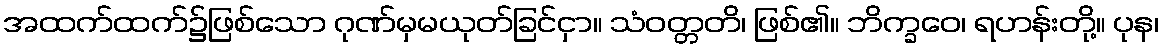
အထက်ထက်၌ဖြစ်သော ဂုဏ်မှမယုတ်ခြင်ငှာ။ သံဝတ္တတိ၊ ဖြစ်၏။ ဘိက္ခဝေ၊ ရဟန်းတို့။ ပုန၊